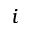
i